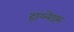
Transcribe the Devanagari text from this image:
हाय्लेंड्स